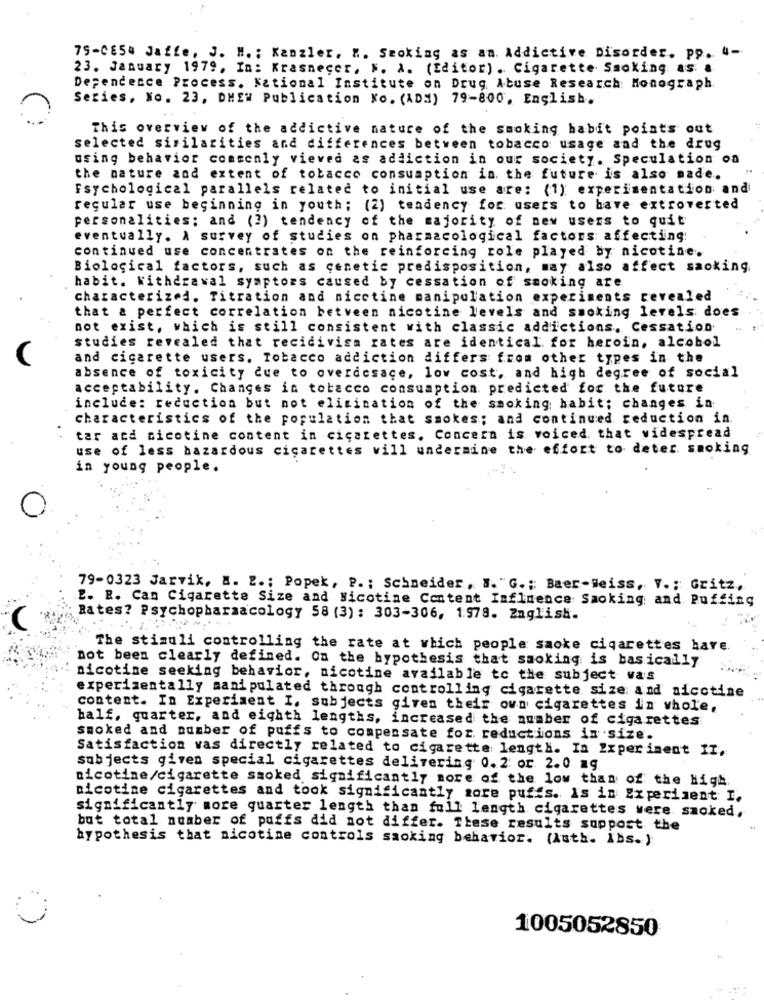
79-0854 Jaffe, J. H. : Kanzler, ". Smoking as an. Addictive Disorder. pp. 4-
23. January 1979, In: Krasnecer, N. A. (Editor). Cigarette Smoking as a
Dependence Process. National Institute on Drug Abuse Research Monograph
Series, No. 23, DHEW Publication No. (ADM) 79-800, English.
This overview of the addictive nature of the smoking habit points out
selected similarities and differences between tobacco usage and the drug
using behavior commonly viewed as addiction in our society. Speculation on
the nature and extent of tobacco consumption in the future is also made.
Fsychological parallels related to initial use are: (1): experimentation and
regular use beginning in youth; (2) tendency for users to have extroverted
personalities; and (2) tendency of the majority of new users to quit
eventually. A survey of studies on pharmacological factors affecting:
continued use concentrates on the reinforcing role played by nicotine.
Biological factors, such as genetic predisposition, may also affect saoking.
habit. Withdrawal symptoms caused by cessation of smoking are
characterized. Titration and nicotine manipulation experiments revealed
that & perfect correlation between nicotine levels and smoking levels. does
not exist, which is still consistent with classic addictions. Cessation
studies revealed that recidivisa rates are identical. for heroin, alcobol
and cicarette users. Tobacco addiction differs from other types in the
absence of toxicity due to overdesace, low cost, and high degree of social
acceptability. Changes in tobacco consumption. predicted for the future
include: reduction but not elimination of the smoking habit; changes in
characteristics of the population that smokes; and continued reduction in
tar and cicotine content in cicarettes. Concern is voiced. that videspread
use of less hazardous cigarettes vill undermine the effort to deter smoking
in young people.
79-0323 Jarvik, M. 2 .; Popek, P .; Schneider, ". "G .; Baer-Weiss, V .; Gritz,
2. R. Can Cigarette Size and Nicotine Content Influence Smoking, and Puffing
Rates? Psychopharmacology 58 (3) : 303-306, 1978. English.
The stimuli controlling the rate at which people saoke cigarettes have.
not been clearly defined. On the hypothesis that smoking is basically
nicotine seeking behavior, nicotine available to the subject was
experimentally manipulated through controlling cigarette size and nicotine
content. In Experiment I. subjects giren their own cigarettes in whole,
half, quarter, and eighth lengths, increased the number of cigarettes
smoked and number of puffs to compensate for. reductions in size.
Satisfaction vas directly related to cigarette length. In Experiment II,
subjects given special cigarettes delivering 0.2 or 2.0 a9.
nicotine/cigarette smoked significantly more of the low than of the High.
nicotine cigarettes and took significantly more puffs. Is in Experiment I.
significantly more quarter length than full length cigarettes vere smoked,
but total number of puffs did not differ. These results suppost the
hypothesis that nicotine controls saoking behavior. (Auth. Ibs. )
1005052850